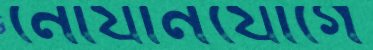
নৌযানযোগে